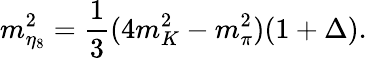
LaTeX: m_{\eta_{8}}^{2}=\frac{1}{3}(4m_{K}^{2}-m_{\pi}^{2})(1+\Delta).